Papers set at the Examination for Leaving Certificates, 1894
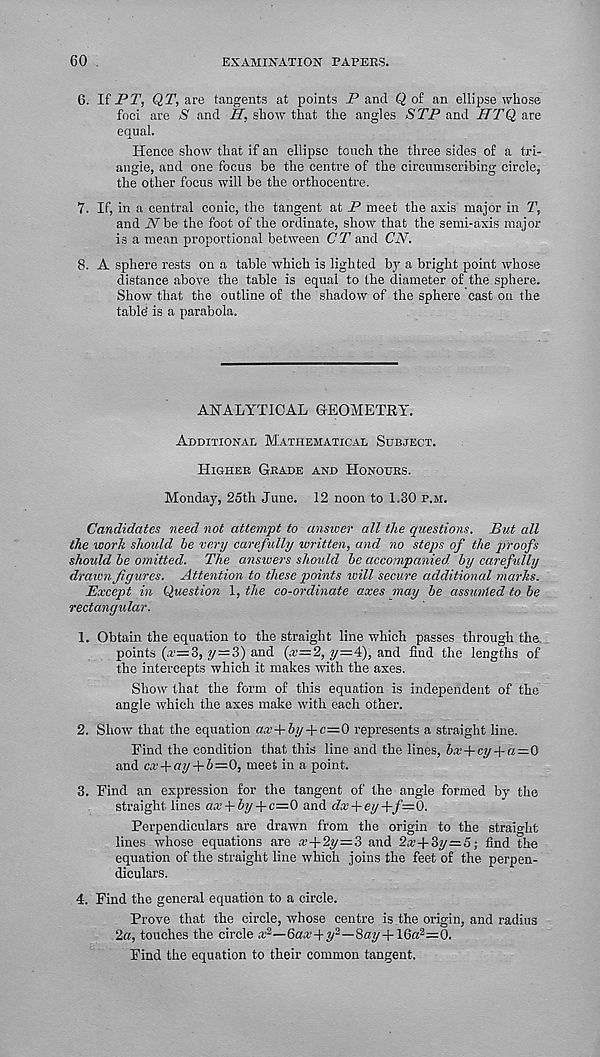
60
EXAMINATION PAPERS.
6. If PT, QT, are tangents at points P and Q of an ellipse whose
foci are S and H, show that the angles STP and HTQ are
equal.
Hence show that if an ellipse touch the three sides of a tri-
angle, and one focus be the centre of the circumscribing circle,
the other focus will be the orthocentre.
7. If, in a central conic, the tangent at P meet the axis major in T,
and IV be the foot of the ordinate, show that the semi-axis major
is a mean proportional between CT and CN.
8. A sphere rests on a table -which is lighted by a bright point whose
distance above the table is equal to the diameter of the sphere.
Show that the outline of the shadow of the sphere cast on the
table' is a parabola.
ANALYTICAL GEOMETRY.
Additional Mathematical Subject.
Higher Grade and Honours.
Monday, 25th June. 12 noon to 1.30 p.m.
Candidates need not attempt to answer all the questions. But all
the worh should be very carefully written, and no steps of the proofs
should be omitted. The answers should be accompanied, by carefidly
drawn figures. Attention to these points will secure additional marks.
Except in Question 1, the co-ordinate axes may be assunled to be
rectangular.
1. Obtain the equation to the straight line which passes through the
points (a’=3, y—3) and (x=2, ?/=4), and find the lengths of
the intercepts which it makes with the axes.
Show that the form of this equation is independent of the
angle which the axes make with each other.
2. Show that the equation ax+by + c—0 represents a straight line.
Find the condition that this line and the lines, bx + cy-\-a=Q
and cx-\-ay + b—0, meet in a point.
3. Find an expression for the tangent of the angle formed by the
straight lines ax-\-by-\-c=0 and dx-\-ey -\-f=0.
Perpendiculars are drawn from the origin to the straight
lines whose equations are a’-)-2y=3 and 2a,’-l-8y=:5; find the
equation of the straight line which joins the feet of the perpen-
diculars.
4. Find the general equation to a circle.
Prove that the circle, whose centre is the origin, and radius
2«, touches the circle .t 2 —Gaa'-f-?/ 3 —8ffl?/-l-16« 2 =0.
Find the equation to their common tangent.